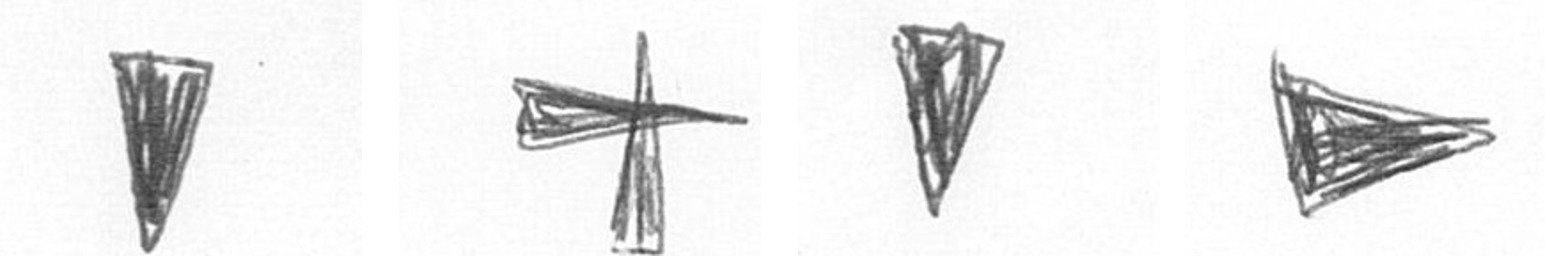
J G J T